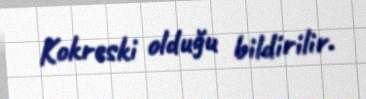
Kokreski olduğu bildirilir.